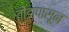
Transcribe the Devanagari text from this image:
तोंडापासून